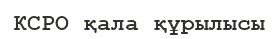
КСРО қала құрылысы